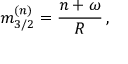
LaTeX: m _ { 3 / 2 } ^ { ( n ) } = \frac { n + \omega } { R } \, ,